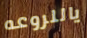
ياللروعه